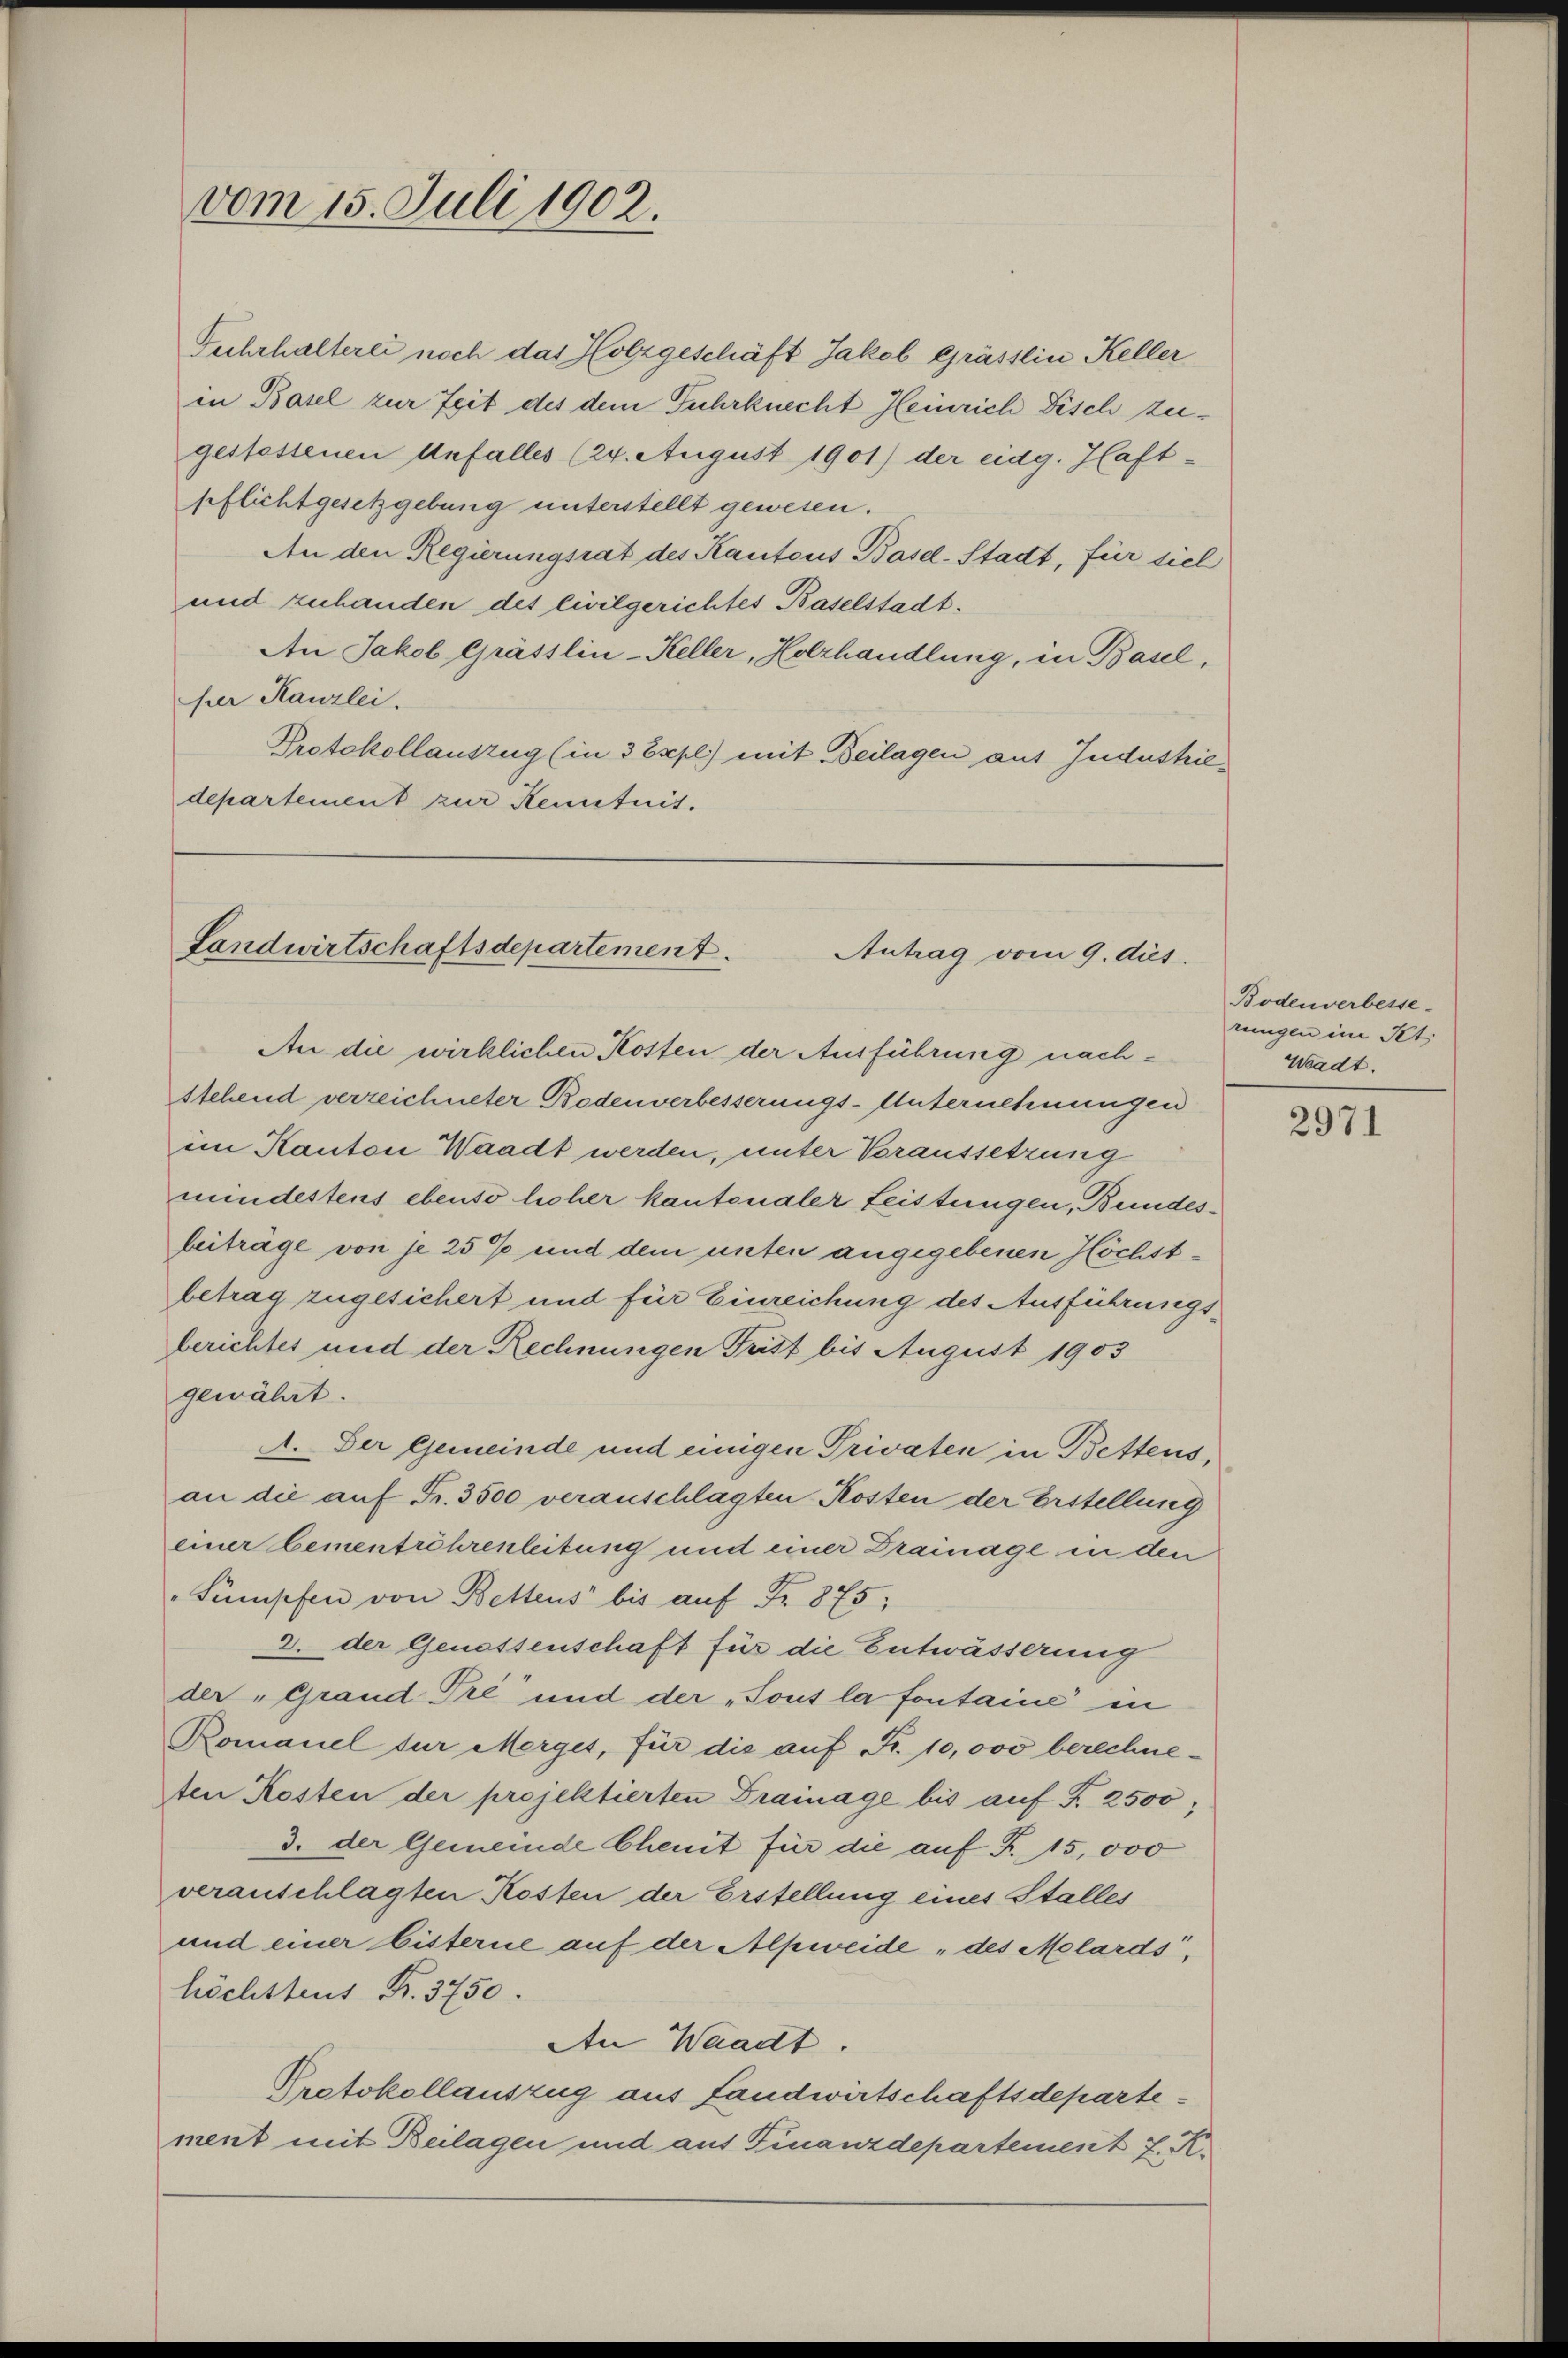
vom 15. Juli 1902.

Fuhrhalterei noch das Holzgeschäft Jakob Grässlin Keller
in Basel zur Zeit des dem Fuhrknecht Heinrich Fisch zugestossenen Unfall(...)(24. August 1901) der eidg. Haft-
pflichtgesetzgebung unterstellt gewesen.
An den Regierungsrat des Kantons Basel-Stadt, für siel
und zuhanden des Civilgerichtes Baselstadt.
An Jakob Grässlin-Keller, Holzhandlung, in Basel,
fer Kanzlei.
Protokollauszug (in 3 Expl.) mit Beilagen auf Jndustriedepartement zur Renituit.

Landwirtschaftsdepartement
Antrag vom 9. dies

An die wirklichen Kosten der Ausführung nachstehend verzeichneter Bodenverbesserungs-Unternehmungen
im Kanton Waadt werden, unter Voraussetzung
mindestens ebenso licher kantonaler Leistungen, Bundesbeiträge von je 25% und dem unten angegebenen Höchstbetrag zugesichert und für Einreichung des Ausführungsberichtes und der Rechnungen Frist bis August 1903
gewährt.
A. Der Gemeinde und einigen Privaten in Bettens,
an die auf Fr. 3500 veranschlagten Kosten der Erstellung
einer Zementröhrenleitung und einer Drainage in den
Sumpfen von Bettens bis aŭf Fr. 875,
3. der Genossenschaft für die Entwässerung
der „Grand Tre und der „Tout la fontaine in
Romanel für Morget, für die auf Fr. 10,000 berechne¬
Aen Kosten der projektierten Drainage bis auf S. 2500,
3. der Gemeinde Chenit für die auf Fr. 15,000
veranschlagten Kosten der Erstellung eines Stalles
und einer bisterne auf der Alpweide „des Melards,
höchstens Fr. 3750.
An Waadt.
Protokollauszug aus Landwirtschaftsdepartement mit Beilagen und aus Finanzdepartement J. K.

Bodenverbesserungen im Kt.
Waadt.

2971